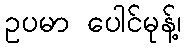
ဥပမာ ပေါင်မုန့်၊